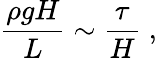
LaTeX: \frac{\rho gH}{L}\sim\frac{\tau}{H}\; ,